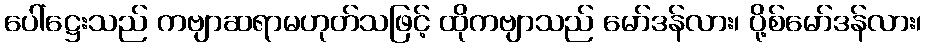
ပေါ်ဋ္ဌေးသည် ကဗျာဆရာမဟုတ်သဖြင့် ထိုကဗျာသည် မော်ဒန်လား၊ ပို့စ်မော်ဒန်လား၊